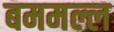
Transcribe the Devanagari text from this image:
बममल्ल